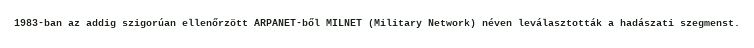
1983-ban az addig szigorúan ellenőrzött ARPANET-ből MILNET (Military Network) néven leválasztották a hadászati szegmenst.